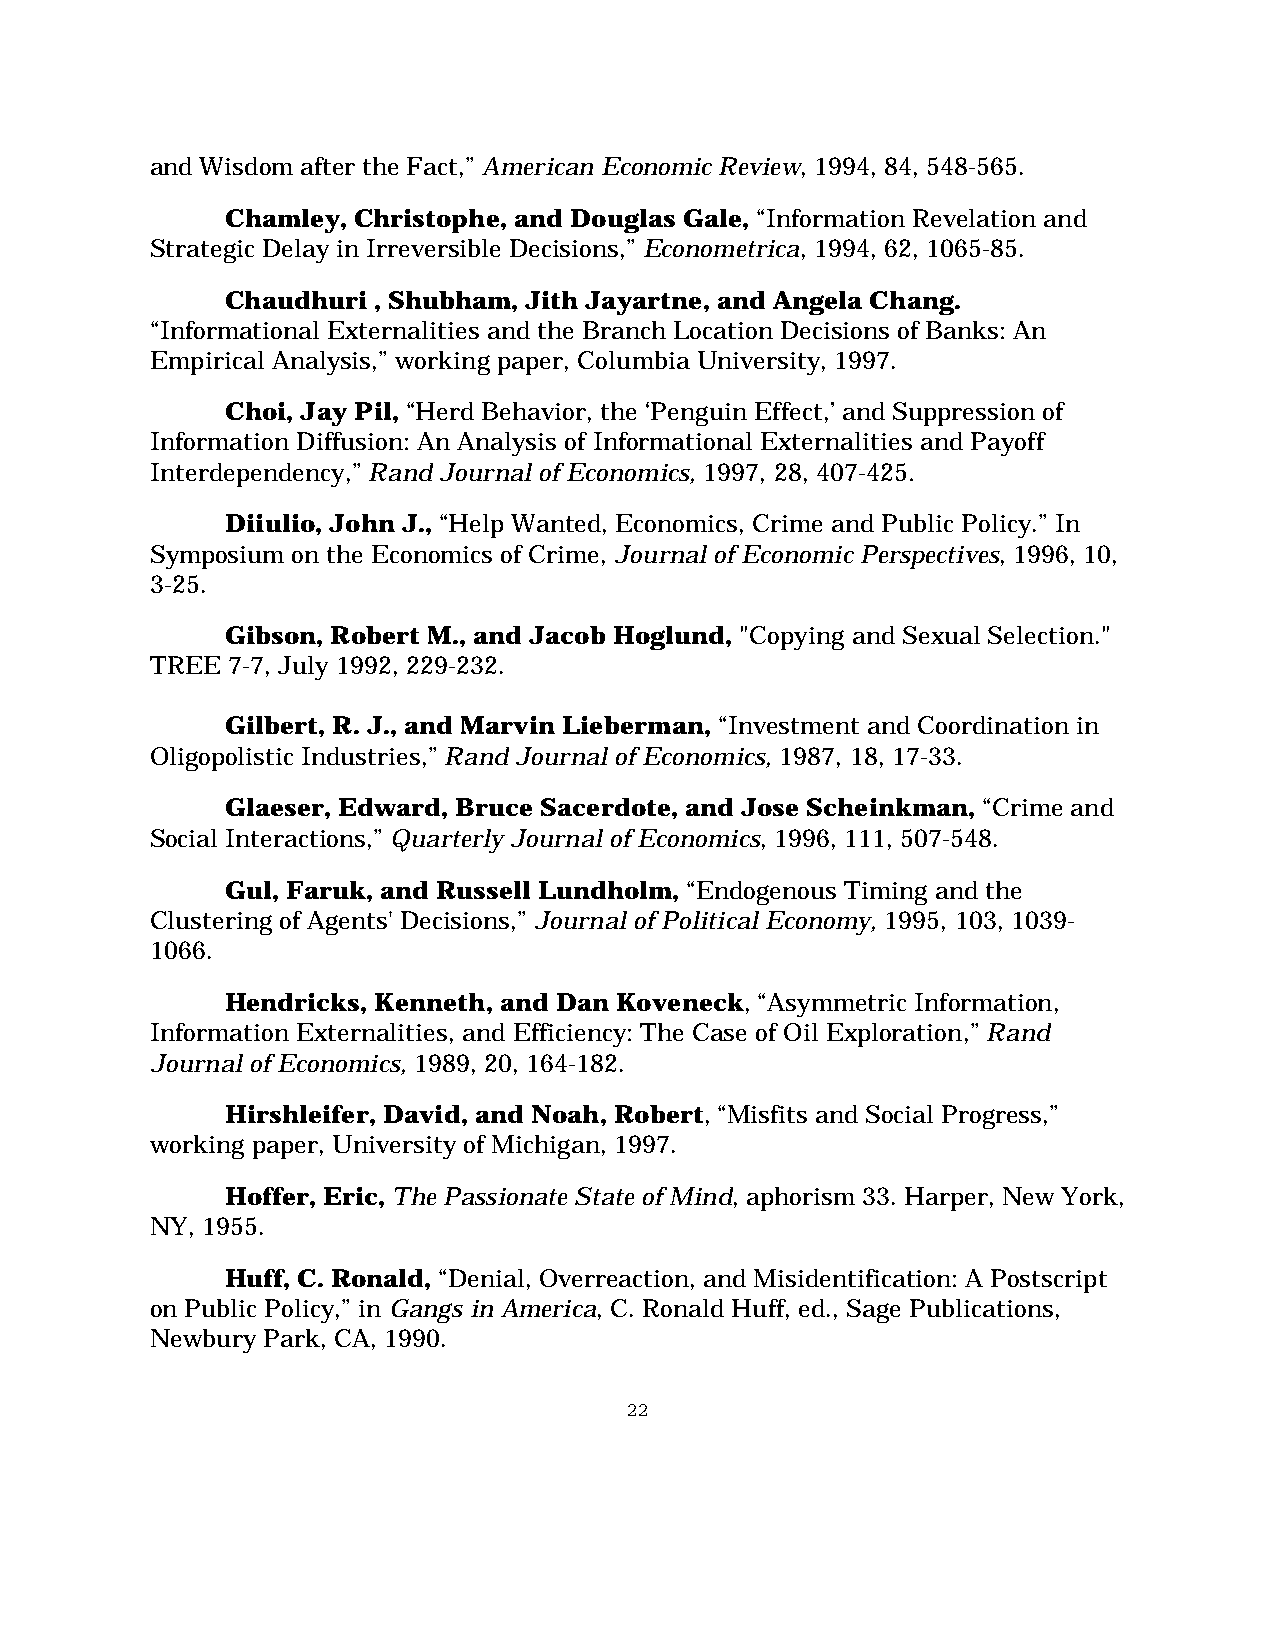
and Wisdom after the Fact,” American Economic Review, 1994, 84, 548-565.
 Chamley, Christophe, and Douglas Gale, “Information Revelation and
 Strategic Delay in Irreversible Decisions,” Econometrica, 1994, 62, 1065-85.
 Chaudhuri , Shubham, Jith Jayartne, and Angela Chang.
 “Informational Externalities and the Branch Location Decisions of Banks: An
 Empirical Analysis,” working paper, Columbia University, 1997.
 Choi, Jay Pil, “Herd Behavior, the ‘Penguin Effect,’ and Suppression of
 Information Diffusion: An Analysis of Informational Externalities and Payoff
 Interdependency,” Rand Journal of Economics, 1997, 28, 407-425.
 Diiulio, John J., “Help Wanted, Economics, Crime and Public Policy.” In
 Symposium on the Economics of Crime, Journal of Economic Perspectives, 1996, 10,
 3-25.
 Gibson, Robert M., and Jacob Hoglund, "Copying and Sexual Selection."
 TREE 7-7, July 1992, 229-232.
 Gilbert, R. J., and Marvin Lieberman, “Investment and Coordination in
 Oligopolistic Industries,” Rand Journal of Economics, 1987, 18, 17-33.
 Glaeser, Edward, Bruce Sacerdote, and Jose Scheinkman, “Crime and
 Social Interactions,” Quarterly Journal of Economics, 1996, 111, 507-548.
 Gul, Faruk, and Russell Lundholm, “Endogenous Timing and the
 Clustering of Agents' Decisions,” Journal of Political Economy, 1995, 103, 1039-
 1066.
 Hendricks, Kenneth, and Dan Koveneck, “Asymmetric Information,
 Information Externalities, and Efficiency: The Case of Oil Exploration,” Rand
 Journal of Economics, 1989, 20, 164-182.
 Hirshleifer, David, and Noah, Robert, “Misfits and Social Progress,”
 working paper, University of Michigan, 1997.
 Hoffer, Eric, The Passionate State of Mind, aphorism 33. Harper, New York,
 NY, 1955.
 Huff, C. Ronald, “Denial, Overreaction, and Misidentification: A Postscript
 on Public Policy,” in Gangs in America, C. Ronald Huff, ed., Sage Publications,
 Newbury Park, CA, 1990.
 22